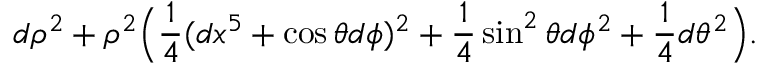
d \rho ^ { 2 } + \rho ^ { 2 } \Big ( { \frac { 1 } { 4 } } ( d x ^ { 5 } + \cos \theta d \phi ) ^ { 2 } + { \frac { 1 } { 4 } } \sin ^ { 2 } \theta d \phi ^ { 2 } + { \frac { 1 } { 4 } } d \theta ^ { 2 } \Big ) .